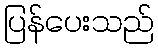
ပြန်ပေးသည်